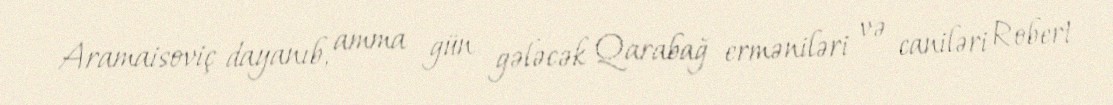
Aramaisoviç dayanıb, amma gün gələcək Qarabağ erməniləri və caniləri Robert